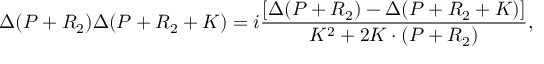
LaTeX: \Delta ( P + R _ { 2 } ) \Delta ( P + R _ { 2 } + K ) = i \frac { [ \Delta ( P + R _ { 2 } ) - \Delta ( P + R _ { 2 } + K ) ] } { K ^ { 2 } + 2 K \cdot ( P + R _ { 2 } ) } ,